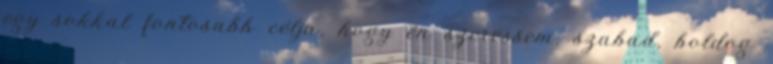
egy sokkal fontosabb célja, hogy én szeressem, szabad, boldog